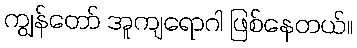
ကျွန်တော် အူကျရောဂါ ဖြစ်နေတယ်။